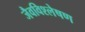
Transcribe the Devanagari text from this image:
जैवविश्लेषण